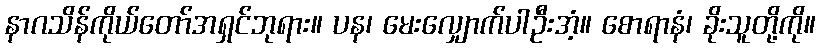
နာဂသိန်ကိုယ်တော်အရှင်ဘုရား။ ပန၊ မေးလျှောက်ပါဦးအံ့။ စောရာနံ၊ ခိုးသူတို့ကို။